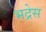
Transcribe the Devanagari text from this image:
भद्रेस